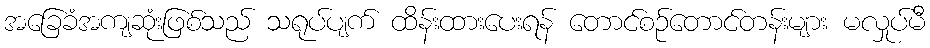
အခြေခံအကျဆုံးဖြစ်သည် သရုပ်ပျက် ထိန်းထားပေးရန် တောင်စဉ်တောင်တန်းများ မလှုပ်မီ